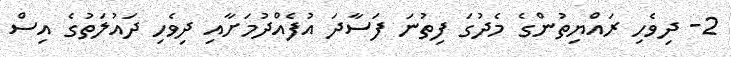
2- ދިވެހި ރައްޔިތުންގެ މެދުގަ ފިތުނަ ފަސާދަ އުފެއްދުމަށާއި ދިވެހި ދައުލަތުގެ އިސް